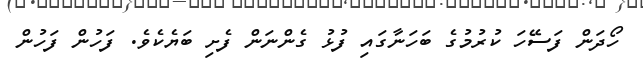
ހޯދަން ފަސޭހަ ކުރުމުގެ ބަހަނާގައި ފުޅު ގެންނަން ފެށި ބަޔެކެވެ. ފަހުން ފަހުން